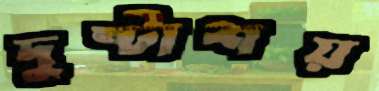
দুষ্টাশয়